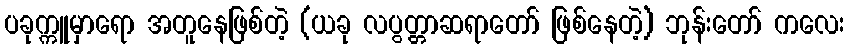
ပခုက္ကူမှာရော အတူနေဖြစ်တဲ့ (ယခု လပွတ္တာဆရာတော် ဖြစ်နေတဲ့) ဘုန်းတော် ကလေး